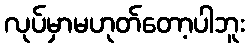
လုပ်မှာမဟုတ်တော့ပါဘူး